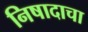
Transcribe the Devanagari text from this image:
निषादाचा